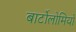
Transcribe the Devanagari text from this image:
बार्टोलोमियो